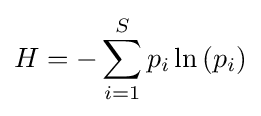
H=-\sum _{i=1}^{S}{p_{i}}\ln {(p_{i})}